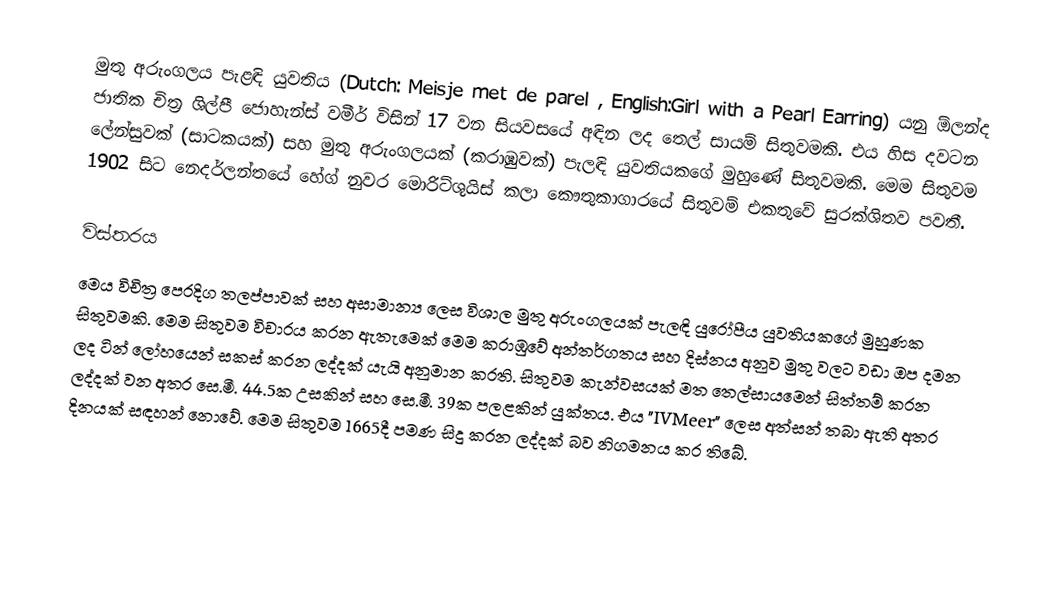
මුතු අරුංගලය පැළඳි යුවතිය (Dutch: Meisje met de parel , English:Girl with a Pearl Earring) යනු ඕලන්ද ජාතික චිත්‍ර ශිල්පී ජොහැන්ස් වමීර් විසින් 17 වන සියවසයේ අඳින ලද තෙල් සායම් සිතුවමකි. එය හිස දවටන ලේන්සුවක් (සාටකයක්) සහ මුතු අරුංගලයක් (කරාඹුවක්) පැලඳි යුවතියකගේ මුහුණේ සිතුවමකි. මෙම සිතුවම 1902 සිට නෙදර්ලන්තයේ හේග් නුවර මොරිට්ශුයිස් කලා කෞතුකාගාරයේ සිතුවම් එකතුවේ සුරක්ශිතව පවතී.

විස්තරය
මෙය විචිත්‍ර පෙරදිග තලප්පාවක් සහ අසාමාන්‍ය ලෙස විශාල මුතු අරුංගලයක් පැලඳි යුරෝපීය යුවතියකගේ මුහුණක සිතුවමකි. මෙම සිතුවම විචාරය කරන ඇතැමෙක් මෙම කරාඹුවේ අන්තර්ගතය සහ දිස්නය අනුව මුතු වලට වඩා ඔප දමන ලද ටින් ලෝහයෙන් සකස් කරන ලද්දක් යැයි අනුමාන කරති. සිතුවම කැන්වසයක් මත තෙල්සායමෙන් සිත්තම් කරන ලද්දක් වන අතර සෙ.මී. 44.5ක උසකින් සහ සෙ.මී. 39ක පලළකින් යුක්තය. එය "IVMeer" ලෙස අත්සන් තබා ඇති අතර දිනයක් සඳහන් නොවේ. මෙම සිතුවම 1665දී පමණ සිදු කරන ලද්දක් බව නිගමනය කර තිබේ.